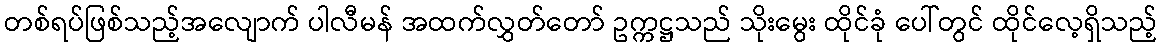
တစ်ရပ်ဖြစ်သည့်အလျောက် ပါလီမန် အထက်လွှတ်တော် ဥက္ကဋ္ဌသည် သိုးမွေး ထိုင်ခုံ ပေါ်တွင် ထိုင်လေ့ရှိသည့်